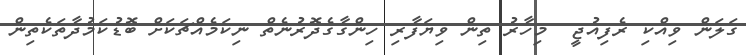
ގަލަން ވިއްކި ރެފިއުޖީ  މިހާރު ތިން ވިޔަފާރި ހިންގާގެދޮރުނެތް ނިކަމެއްޗަކަށް ބޮޑުކަމުދާތަކެތިން